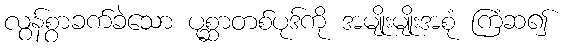
လွန်စွာခက်ခဲသော ပုစ္ဆာတစ်ပုဒ်ကို အမျိုးမျိုးအစုံ ကြံဆ၍